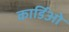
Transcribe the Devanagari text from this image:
कार्डिओ